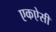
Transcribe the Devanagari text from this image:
एकऐसी